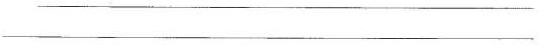
___